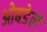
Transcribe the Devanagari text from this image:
ओबडेले